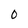
Character: 0